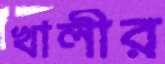
খালীর